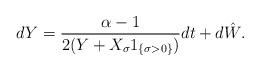
LaTeX: \begin{align*}dY=\frac{\alpha -1}{2(Y+X_{\sigma} 1_{\{\sigma>0\}})} dt + d\hat{W} .\end{align*}